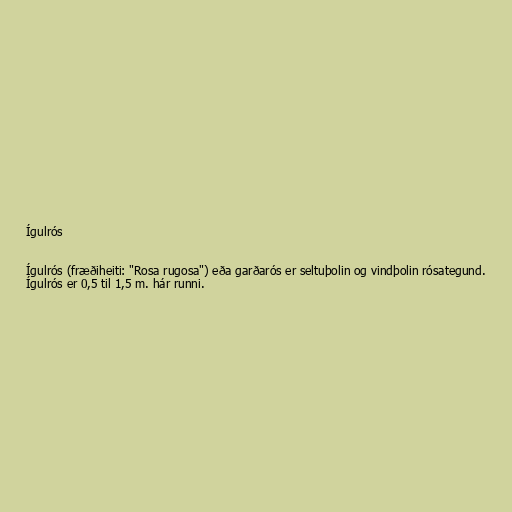
Ígulrós

Ígulrós (fræðiheiti: "Rosa rugosa") eða garðarós er seltuþolin og vindþolin rósategund.
Ígulrós er 0,5 til 1,5 m. hár runni.